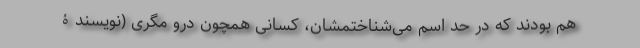
هم بودند که در حد اسم می‌شناختمشان، کسانی همچون درو مگری (نویسندۀ